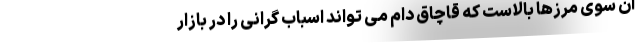
آن سوی مرز‌ها بالاست که قاچاق دام‌ می تواند اسباب گرانی را در بازار